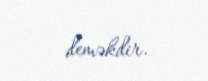
deməkdir.